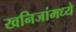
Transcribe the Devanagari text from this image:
खनिजांमध्ये